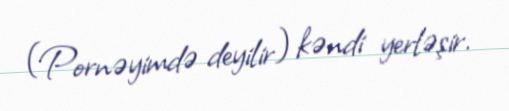
(Pornəyimdə deyilir) kəndi yerləşir.